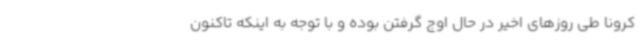
کرونا طی روزهای اخیر در حال اوج گرفتن بوده و با توجه به اینکه تاکنون